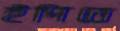
ইপিতে